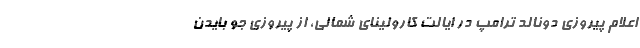
اعلام پیروزی دونالد ترامپ در ایالت کارولینای شمالی، از پیروزی جو بایدن